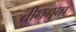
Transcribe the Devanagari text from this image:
तीनगुना